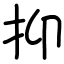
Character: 抑